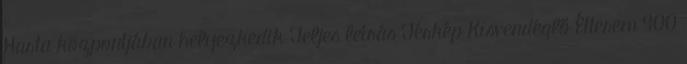
Harta központjában helyezkedik Teljes leírás Térkép Kisvendéglő Étterem 900